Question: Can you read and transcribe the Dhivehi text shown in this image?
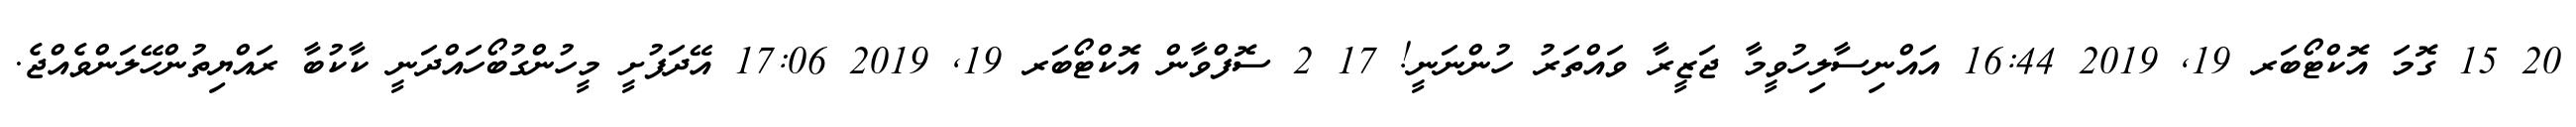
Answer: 20 15 ގޮމަ އޮކްޓޯބަރ 19, 2019 16:44 އައްނިސާލިހުވީމާ ޖަޒީރާ ވައްތަރު ހުންނަނީ! 17 2 ސޮފްވާން އޮކްޓޯބަރ 19, 2019 17:06 އޭދަފުށީ މީހުންގުބޯހައްދަނީ ކާކުބާ ރައްޔިތުންހޭލަންވެއްޖެ.